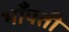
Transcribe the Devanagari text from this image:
भाँपती